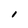
Character: l